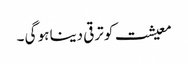
معیشت کو ترقی دینا ہو گی ۔